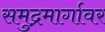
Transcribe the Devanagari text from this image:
समुद्रमार्गावर